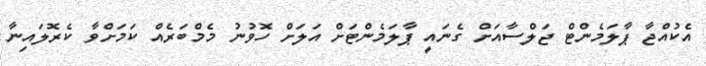
އެކުއްޖާ ޕާލަމެންޓް ޖަލްސާއަށް ގެނައީ ޕާލަމެންޓަށް އަލަށް ހޮވުނު މެމްބަރެއް ކަމަށްވާ ކެރޮލައިނާ